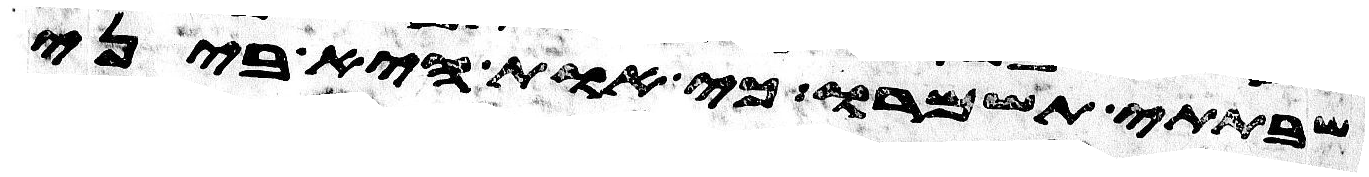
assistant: שבתתי תשמרו כי אות היא ביני